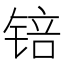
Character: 锫